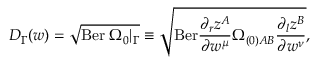
{ \cal D } _ { \Gamma } ( w ) = \sqrt { \mathrm { B e r } \; \Omega _ { 0 } \vert _ { \Gamma } } \equiv \sqrt { \mathrm { B e r } \frac { \partial _ { r } z ^ { A } } { \partial w ^ { \mu } } \Omega _ { ( 0 ) A B } \frac { \partial _ { l } z ^ { B } } { \partial w ^ { \nu } } } ,